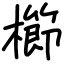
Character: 櫛